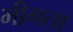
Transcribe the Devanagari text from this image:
भीगता